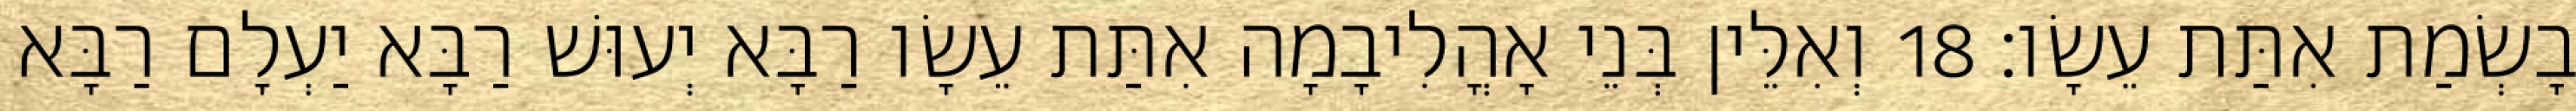
בָשְׂמַת אִתַּת עֵשָׂו׃ 18 וְאִלֵּין בְּנֵי אָהֳלִיבָמָה אִתַּת עֵשָׂו רַבָּא יְעוּשׁ רַבָּא יַעְלָם רַבָּא